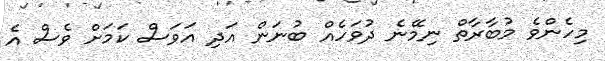
މިހެންވެ މުބާރާތް ނިމޭނެ ދުވަހެއް ބުނަން އަދި އަވަސް ކަމަށް ވެސް އެ